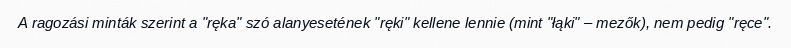
A ragozási minták szerint a "ręka" szó alanyesetének "ręki" kellene lennie (mint "łąki" – mezők), nem pedig "ręce".